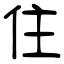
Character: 住